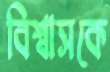
বিশ্বাসকে